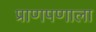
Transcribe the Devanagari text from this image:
प्राणपणाला